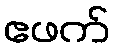
ဧဖက်